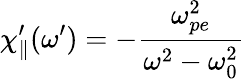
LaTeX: \chi_{\parallel}^{\prime}(\omega^{\prime})=-\frac{\omega_{pe}^{2}}{\omega^{2}-\omega_{0}^{2}}